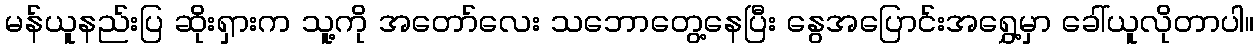
မန်ယူနည်းပြ ဆိုးရှားက သူ့ကို အတော်လေး သဘောတွေ့နေပြီး နွေအပြောင်းအရွှေ့မှာ ခေါ်ယူလိုတာပါ။